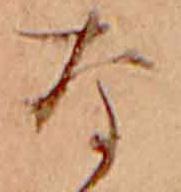
な